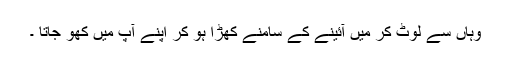
وہاں سے لوٹ کر میں آئینے کے سامنے کھڑا ہو کر اپنے آپ میں کھو جاتا ۔